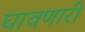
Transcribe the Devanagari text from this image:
घावणारी